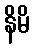
နိမိ